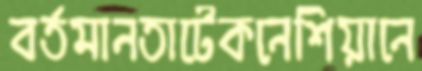
বর্তমানতাটেকনেশিয়ানে